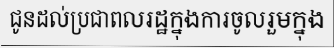
ជូនដល់ប្រជាពលរដ្ឋក្នុងការចូលរួមក្នុង